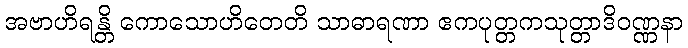
အဗာဟိရန္တိ ကောသောဟိတေတိ သာဓာရဏာ ဧကပုတ္တကသုတ္တာဒိဝဏ္ဏနာ